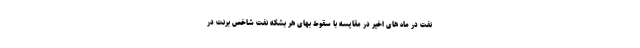
نفت در ماه های اخیر در مقایسه با سقوط بهای هر بشکه نفت شاخص برنت در